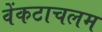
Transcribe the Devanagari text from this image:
वेंकटाचलम